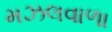
મઝલવાળા